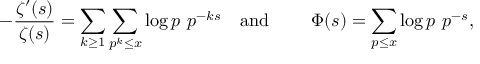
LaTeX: - { \frac { \zeta ^ { \prime } ( s ) } { \zeta ( s ) } } = \sum _ { k \geq 1 } \sum _ { p ^ { k } \leq x } \log p \, \, p ^ { - k s } \quad { \mathrm { a n d ~ } } \quad \quad \Phi ( s ) = \sum _ { p \leq x } \log p \, \, p ^ { - s } ,